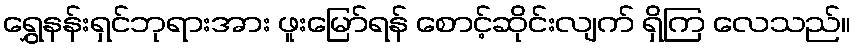
ရွှေနန်းရှင်ဘုရားအား ဖူးမြော်ရန် စောင့်ဆိုင်းလျက် ရှိကြ လေသည်။